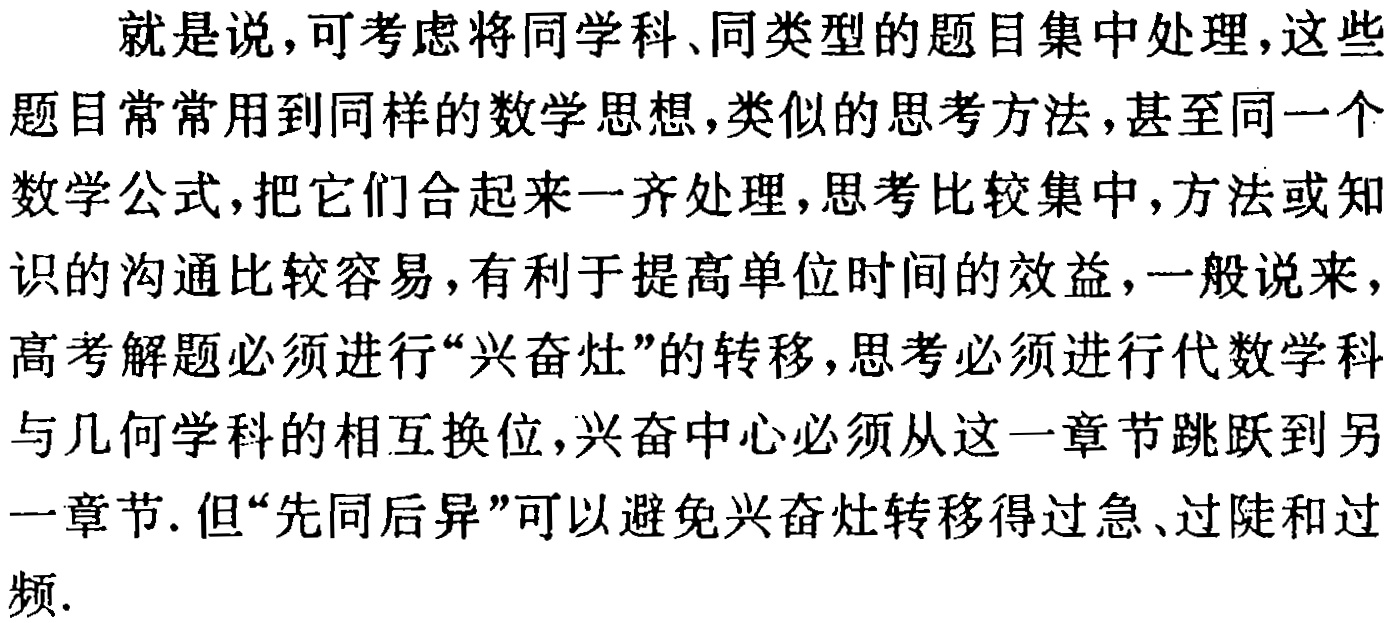
就是说，可考虑将同学科、同类型的题目集中处理，这些题目常常用到同样的数学思想，类似的思考方法，甚至同一个数学公式，把它们合起来一齐处理，思考比较集中，方法或知识的沟通比较容易，有利于提高单位时间的效益，一般说来，高考解题必须进行“兴奋灶”的转移，思考必须进行代数学科与几何学科的相互换位，兴奋中心必须从这一章节跳跃到另一章节. 但“先同后异”可以避免兴奋灶转移得过急、过陡和过频.